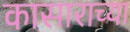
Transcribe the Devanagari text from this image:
कासाराच्या